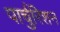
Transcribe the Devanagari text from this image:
पार्चुरिशन